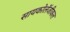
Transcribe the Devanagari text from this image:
सायकोलॅजीकल